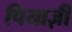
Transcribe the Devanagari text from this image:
पियाज़ी